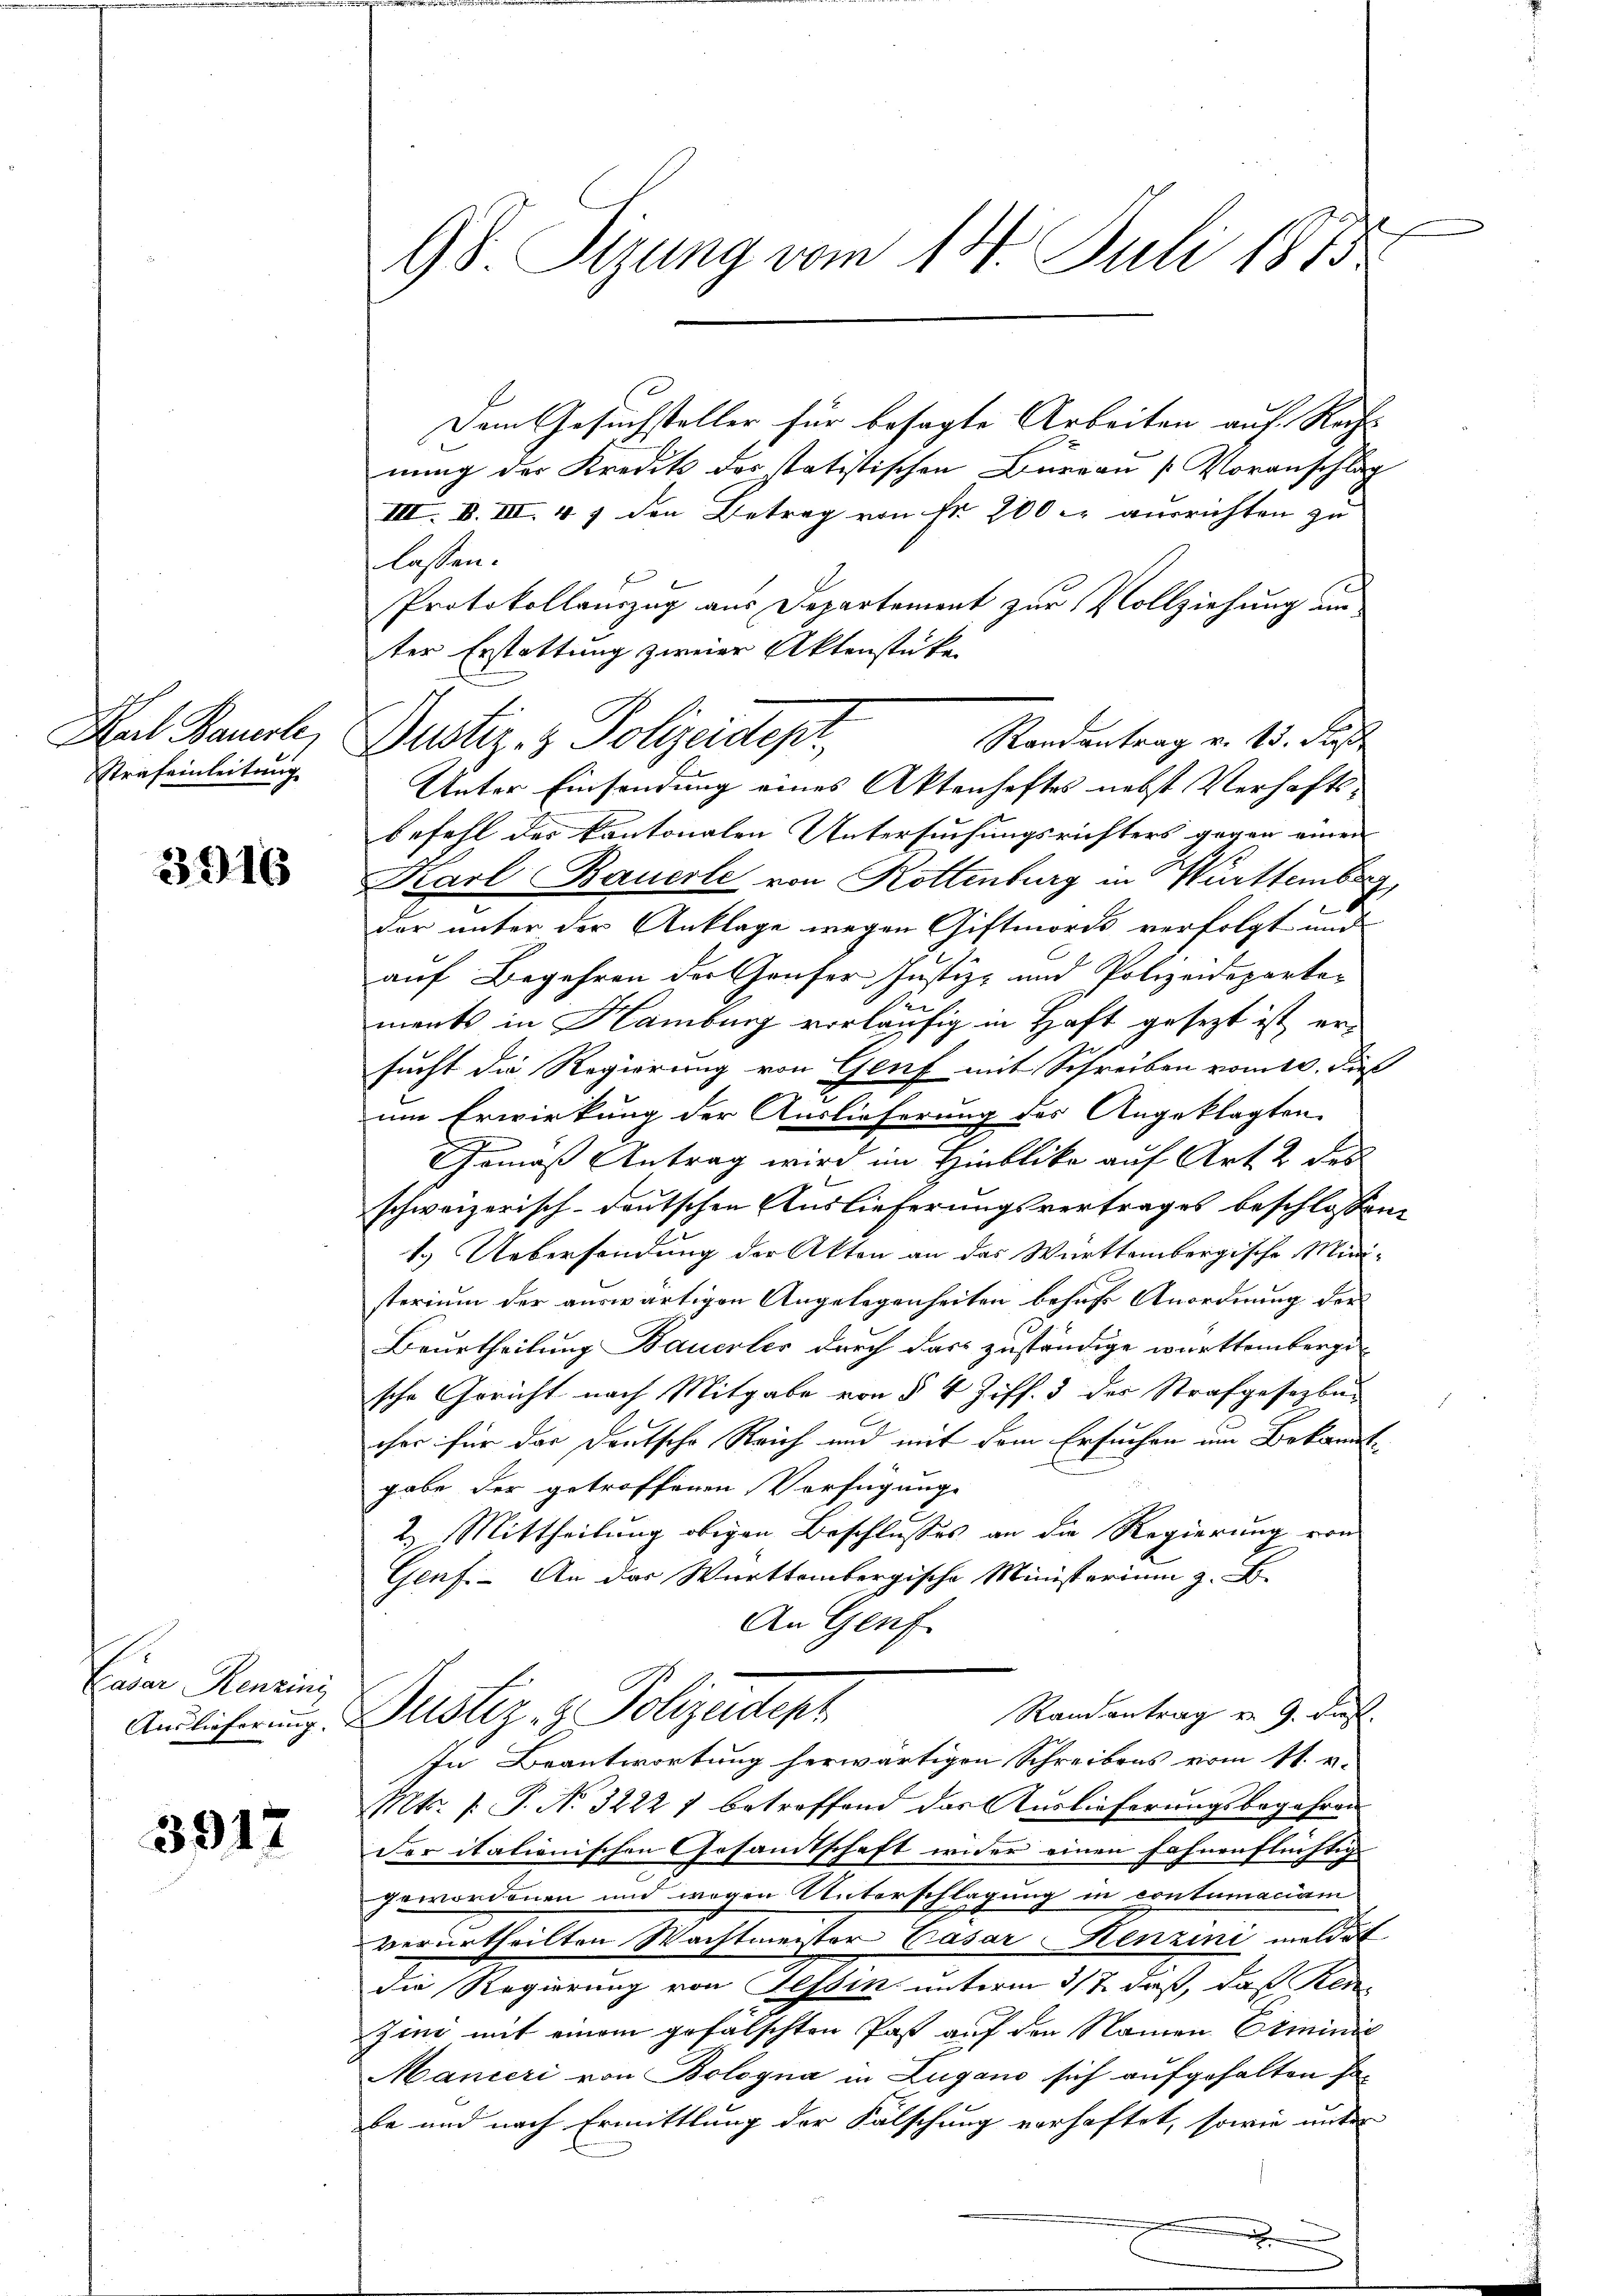
Strafeinleitung

3916

hem kann
Auslieferung.

3917

9S. Tizung vom 14. Juli 1873.

Dem Gesuchsteller für besagte Arbeiten auf Rechts-
nung der Kredit des statistischen Büreau [Voranschlag
III. B. III. 47 den Betrag von Fr. 200 er ausrichten zu
lassen.
Protokollauszug aus Departement zur Vollziehung un
ter Erstattung zweier Aktenstücke
Karl Bauerley Gustiz- & Polizeidepr
Randantrag v. 13. Fass
Unter Einsendung eines Aktenhaftes nebst Verhafts-
befehl des kantonalen Untersuchungsrichters gegen einen
Karl Bauerle von Rottenburg in Württemberg
der unter der Anklage wegen Giftmords verfolgt und
auf Begehren der Genfer Justiz- und Polizeidepartes
ments in Hamburg vorläufig in Haft gesetzt ist er
sucht die Regierung von Genf mit Schreiben vom 10. dies
9
um Erwirkung der Auslieferung des Angeklagten
Gemäß Antrag wird im Hinblika auf Art. 2 des
schweizerisch-deutschen Auslieferungsvertrages beschlossen:
1.) Uebersendung der Akten an das Württembergische Ministerium der auswärtigen Angelegenheiten behuf Anordnung der
Beurtheilung Bauerler durch das zuständige württemberge
sche Gericht nach Mitgabe von § 4 Ziff. 3 des Strafgesetzbucher für das Deutsche Reich und mit dem Ersuchen im Bekanntgabe der getroffenen Verfügunge
2.) Mittheilung obigen Beschlusses an die Regierung von
Genf. - An das Württembergische Ministerium z. B.
An Genf
Randantrag v. 9. Dies
Justiz- & Polizeitent
In Beantwortung herwärtigen Schreibens vom 11. v.
Mts. 1. P. No 3222 7 betroffend das Auslieferungsbegehren
Der itationischen Gesamtschaft wider einen Fahnenflüchtig
gewordenen und wegen Unterschlagung in contumaciam
verurtheilten Wachtmeister Casar Henzini meldet
die Regierung von Tessin unterm 5/7. daß, daß Ken
zine mit einem gefälschten Past auf den Namen Erminie
Manieri von Bologna in Lugano sich aufgehalten sobe und nach Ermittlung der Fälschung verhaftet, sowie unter
x